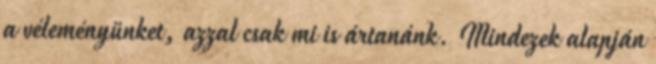
a véleményünket, azzal csak mi is ártanánk. Mindezek alapján